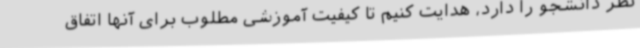
نظر دانشجو را دارد، هدایت کنیم تا کیفیت آموزشی مطلوب برای آنها اتفاق